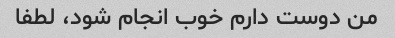
من دوست دارم خوب انجام شود، لطفا